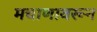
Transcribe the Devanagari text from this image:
मचाणावरून